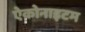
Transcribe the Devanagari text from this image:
ऐकोनाइटम